Code of medical and sanitary regulations for the guidance of medical officers serving in the Madras Presidency - Volume I
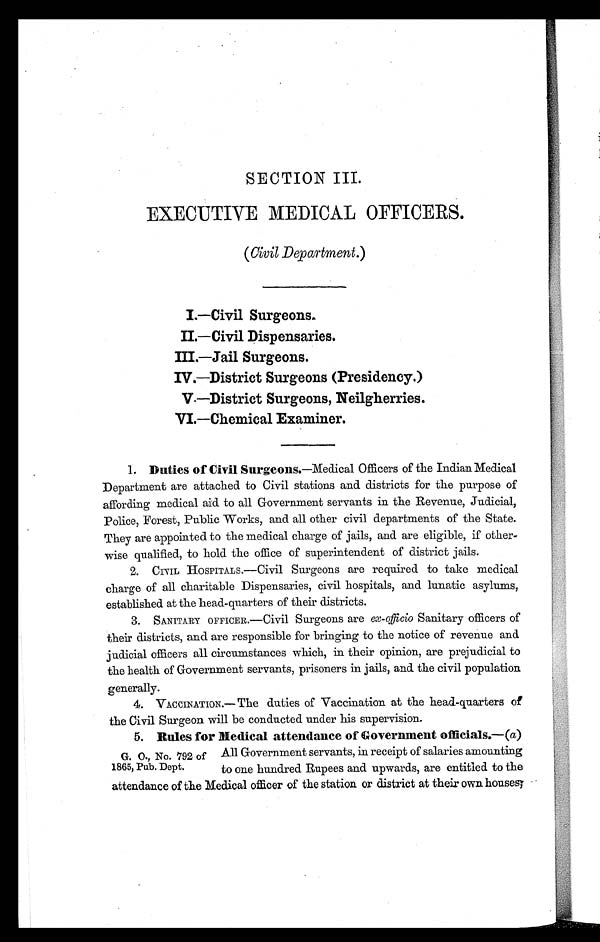
SECTION III.
EXECUTIVE MEDICAL OFFICERS.
(Civil Department.)
I.—Civil Surgeons.
II.—Civil Dispensaries.
III.—Jail Surgeons.
IV.—District Surgeons (Presidency.)
V.—District Surgeons, Neilgherries.
VI.—Chemical Examiner.
1. Duties of Civil Surgeons.—Medical Officers of the Indian Medical
Department are attached to Civil stations and. districts for the purpose of
affording medical aid to all Government servants in the Revenue, Judicial,
Police, Forest, Public Works, and all other civil departments of the State.
They are appointed to the medical charge of jails, and are eligible, if other-
wise qualified, to hold the office of superintendent of district jails.
2. CIVIL HOSPITALS.—Civil Surgeons are required to take medical
charge of all charitable Dispensaries, civil hospitals, and lunatic asylums,
established at the head-quarters of their districts.
3. SANITARY OFFICER.—Civil Surgeons are ex-officio Sanitary officers of
their districts, and are responsible for bringing to the notice of revenue and
judicial officers all circumstances which, in their opinion, are prejudicial to
the health of Government servants, prisoners in jails, andd, the civil population
generally.
4. VACCINATION.— The duties of Vaccination at the head-quarters of
the Civil Surgeon will be conducted under his supervision.
5. Rules for Medical attendance of Government officials.—(a)
All Government servants, in receipt of salaries amounting
to one hundred Rupees and upwards, are entitled to the
attendance of the Medical officer of the station or district at their own houses;
G. O., No. 792 of
1865, Pub. Dept.